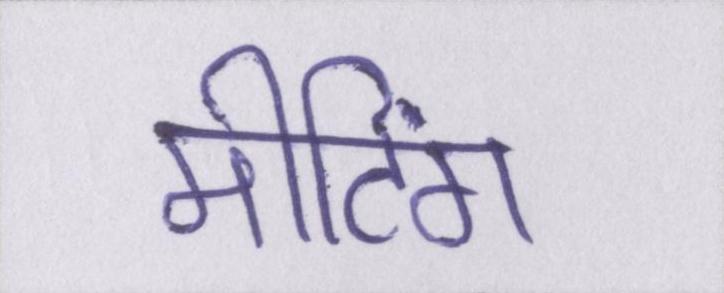
मीटिंग